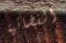
الفضائية